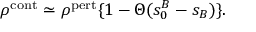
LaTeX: \rho ^ { \mathrm { c o n t } } \simeq \rho ^ { \mathrm { p e r t } } \{ 1 - \Theta ( s _ { 0 } ^ { B } - s _ { B } ) \} .